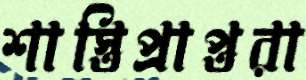
শাস্তিপ্রাপ্তরা